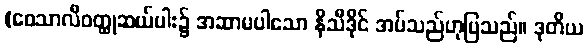
(ဝေသာလီဝတ္ထုဆယ်ပါး၌ အဆာမပါသော နိသီဒိုင် အပ်သည်ဟုပြသည်။ ဒုတိယ